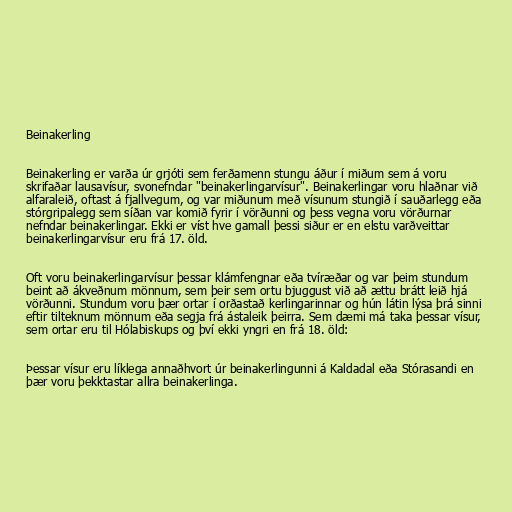
Beinakerling

Beinakerling er varða úr grjóti sem ferðamenn stungu áður í miðum sem á voru
skrifaðar lausavísur, svonefndar "beinakerlingarvísur". Beinakerlingar voru hlaðnar við
alfaraleið, oftast á fjallvegum, og var miðunum með vísunum stungið í sauðarlegg eða
stórgripalegg sem síðan var komið fyrir í vörðunni og þess vegna voru vörðurnar
nefndar beinakerlingar. Ekki er víst hve gamall þessi siður er en elstu varðveittar
beinakerlingarvísur eru frá 17. öld.

Oft voru beinakerlingarvísur þessar klámfengnar eða tvíræðar og var þeim stundum
beint að ákveðnum mönnum, sem þeir sem ortu bjuggust við að ættu brátt leið hjá
vörðunni. Stundum voru þær ortar í orðastað kerlingarinnar og hún látin lýsa þrá sinni
eftir tilteknum mönnum eða segja frá ástaleik þeirra. Sem dæmi má taka þessar vísur,
sem ortar eru til Hólabiskups og því ekki yngri en frá 18. öld:

Þessar vísur eru líklega annaðhvort úr beinakerlingunni á Kaldadal eða Stórasandi en
þær voru þekktastar allra beinakerlinga.